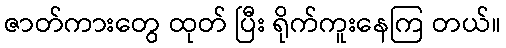
ဇာတ်ကားတွေ ထုတ် ပြီး ရိုက်ကူးနေကြ တယ်။